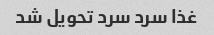
غذا سرد سرد تحویل شد